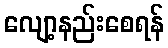
လျော့နည်းစေရန်